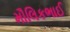
મૌલિકભાઈ